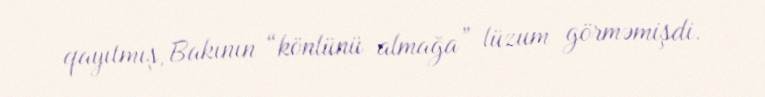
qayıtmış, Bakının “könlünü almağa” lüzum görməmişdi.